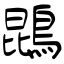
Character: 鵾